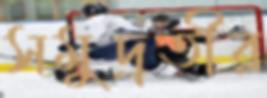
সমুদ্রতীর